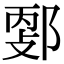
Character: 𨜦